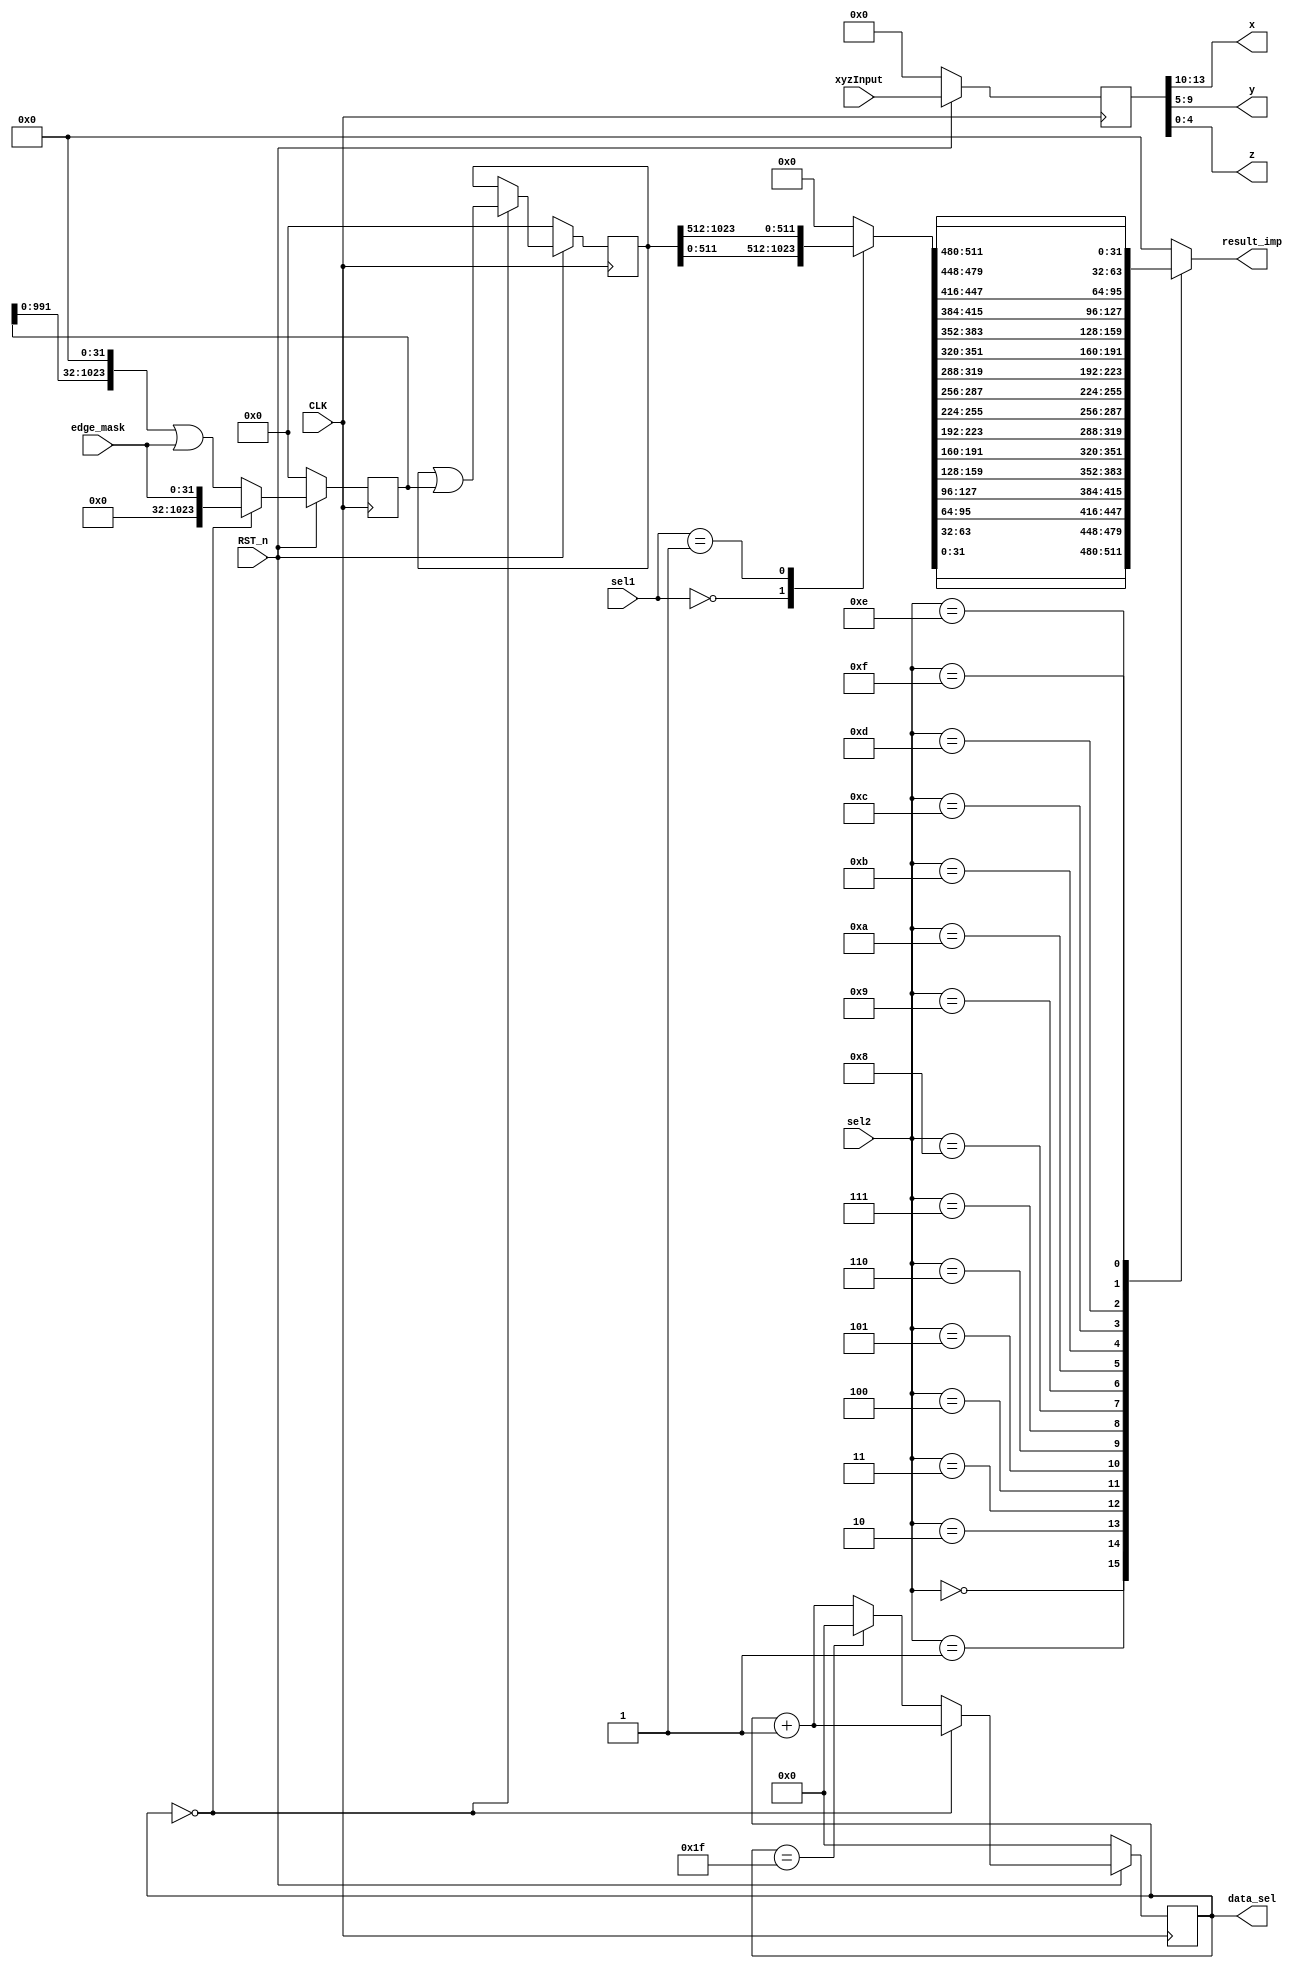
//////////////////////////////////////////////////////////////////////////////////
// Company:   
// Last Modified by:   Ruige_Lee
// Last Modified time: 2019-03-05 17:44:12
// Design Name:   
// Module Name: prm_chk_v1_0
// Project Name:   
// Target Devices:   
// Tool Versions:   
// Description:   
// 
// Dependencies:   
// 
// Revision:  
// Revision:    -   
// Additional Comments:  
// 
//////////////////////////////////////////////////////////////////////////////////


`timescale 1 ns / 1 ps

module prm_chk_v1_0 
	(
		// Users to add ports here
		input CLK,
		input RST_n,

		input [2:0] sel1,
		input [7:0] sel2,

		input [13:0] xyzInput,

		output [3:0] x,
		output [4:0] y,
		output [4:0] z,

		output [4:0] data_sel,

		input [31:0] edge_mask,

		output [31:0] result_imp


	);

	reg [1023:0] edgeResult;
	reg [511:0] selReg;
	reg [13:0] slv_reg0;



always @(posedge CLK)begin
if (!RST_n) begin
    slv_reg0 <= 14'd0;
end
else begin
    slv_reg0 <= xyzInput;
end
end



always @(*) begin
	case(sel1)

		3'd0: selReg[511:0] <= edgeResult[511:0];
		3'd1: selReg[511:0] <= edgeResult[1023:512];
//		3'd2: selReg[511:0] <= edgeResult[1535:1024];
//		3'd3: selReg[511:0] <= edgeResult[2047:1536];
//		3'd4: selReg[511:0] <= edgeResult[2559:2048];
//		3'd5: selReg[511:0] <= edgeResult[3071:2560];
//		3'd6: selReg[511:0] <= edgeResult[3583:3072];
//		3'd7: selReg[511:0] <= edgeResult[4095:3584];
	default:selReg[511:0] <= 511'd0;
	endcase
end

reg [31:0] result_imp_reg;
assign result_imp = result_imp_reg;


always @(*) begin
	case(sel2)

		4'd0: result_imp_reg[31:0] <= selReg[31:0];
		4'd1: result_imp_reg[31:0] <= selReg[63:32];
		4'd2: result_imp_reg[31:0] <= selReg[95:64];
		4'd3: result_imp_reg[31:0] <= selReg[127:96];
		4'd4: result_imp_reg[31:0] <= selReg[159:128];
		4'd5: result_imp_reg[31:0] <= selReg[191:160];
		4'd6: result_imp_reg[31:0] <= selReg[223:192];
		4'd7: result_imp_reg[31:0] <= selReg[255:224];
		4'd8: result_imp_reg[31:0] <= selReg[287:256];
		4'd9: result_imp_reg[31:0] <= selReg[319:288];
		4'd10: result_imp_reg[31:0] <= selReg[351:320];
		4'd11: result_imp_reg[31:0] <= selReg[383:352];
		4'd12: result_imp_reg[31:0] <= selReg[415:384];
		4'd13: result_imp_reg[31:0] <= selReg[447:416];
		4'd14: result_imp_reg[31:0] <= selReg[479:448];
		4'd15: result_imp_reg[31:0] <= selReg[511:480];

	default:result_imp_reg[31:0] <= 32'd0;
	endcase
end




reg [4:0] data_sel_reg; 
reg [1023:0] fix_edgeMask;
	always @ ( posedge CLK ) begin

		if ( !RST_n ) begin
			edgeResult <= 1024'b0;
			data_sel_reg <= 5'd0;
			fix_edgeMask <= 1024'b0;
		end

		else begin
			if (data_sel_reg == 5'd0) begin
				data_sel_reg <= data_sel_reg + 5'd1;
				fix_edgeMask <= {992'b0,edge_mask};
				edgeResult <= edgeResult | fix_edgeMask;


			end
			else if (data_sel_reg == 5'd31) begin
				data_sel_reg <= 5'd0;
				fix_edgeMask <= (fix_edgeMask << 32) | edge_mask;
				edgeResult <= edgeResult;

			end
			else begin
				data_sel_reg <= data_sel_reg + 5'd1;
				fix_edgeMask <= (fix_edgeMask << 32) | edge_mask;
				edgeResult <= edgeResult;

			end

			

		end
	end


assign data_sel = data_sel_reg;

assign {x,y,z} = slv_reg0;





	endmodule